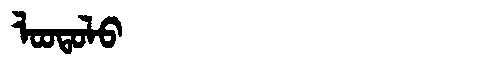
Manchu: ᠯᠣᠣᡨᠣᠯᠣ
Romanization: LOOTOLO